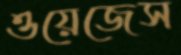
ওয়েজেস